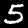
Label: 5